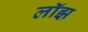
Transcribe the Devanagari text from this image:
लॉझ